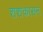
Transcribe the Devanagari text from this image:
शशकासन